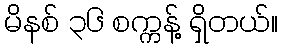
မိနစ် ၃၆ စက္ကန့် ရှိတယ်။